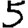
Digit: 5